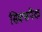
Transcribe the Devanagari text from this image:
सिक्सपैक